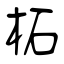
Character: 柘